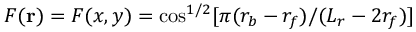
F ( \mathbf { r } ) = F ( x , y ) = \cos ^ { 1 / 2 } [ \pi ( r _ { b } - r _ { f } ) / ( L _ { r } - 2 r _ { f } ) ]